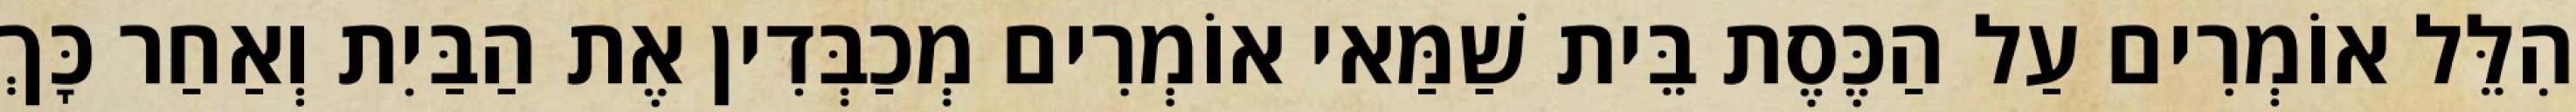
הִלֵּל אוֹמְרִים עַל הַכֶּסֶת בֵּית שַׁמַּאי אוֹמְרִים מְכַבְּדִין אֶת הַבַּיִת וְאַחַר כָּךְ